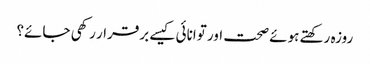
روزہ رکھتے ہوئے صحت اور توانائی کیسے برقرار رکھی جائے؟